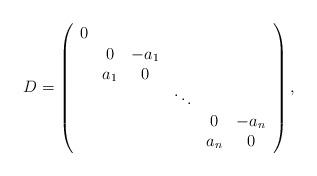
LaTeX: \begin{align*} D=\left(\begin{array}{cccccc} 0 & & & & & \\ & 0 & -a_1 & & & \\ & a_1 & 0 & & & \\ & & & \ddots & & \\ & & & & 0 & -a_n\\ & & & & a_n & 0 \\\end{array}\right), \end{align*}